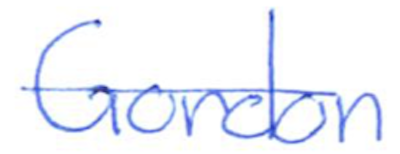
Text: Gordon
Cross-out: single-line
Writing tool: ballpoint